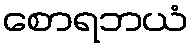
စောရဘယံ